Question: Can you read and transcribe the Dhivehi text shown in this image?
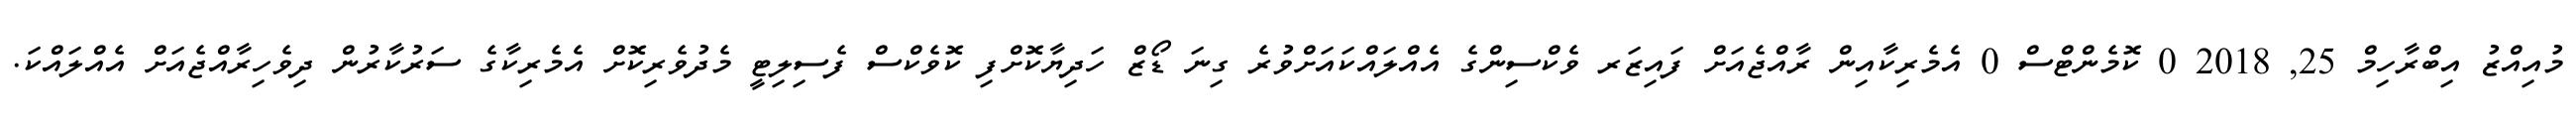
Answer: މުއިއްޒު އިބްރާހިމް 25, 2018 0 ކޮމެންޓްސް 0 އެމެރިކާއިން ރާއްޖެއަށް ފައިޒަރ ވެކްސިންގެ އެއްލައްކައަށްވުރެ ގިނަ ޑޯޒް ހަދިޔާކޮށްފި ކޮވެކްސް ފެސިލިޓީ މެދުވެރިކޮށް އެމެރިކާގެ ސަރުކާރުން ދިވެހިރާއްޖެއަށް އެއްލައްކަ.